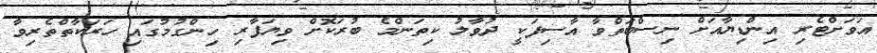
އަވަށްޓެރި އިންޑިޔާއަށް ނިސްބަތްވާ އާސިފަކީ ދުވާލު ކިތަންމެ ބުރަކޮށް ވިޔަފާރި ހިންގުމުގައި ހަރަކާތްތެރިވާ